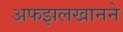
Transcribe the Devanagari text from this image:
अफझलखानने